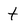
Character: t